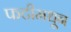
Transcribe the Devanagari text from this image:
फटीमधून